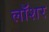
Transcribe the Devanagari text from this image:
लॉशर